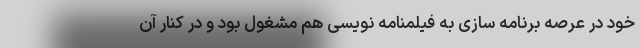
خود در عرصه برنامه سازی به فیلمنامه نویسی هم مشغول بود و در کنار آن